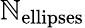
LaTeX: \mathbb{N}_{\mathrm{{ellipses}}}